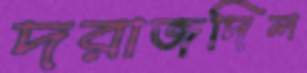
দরাজদিল